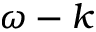
\omega - k